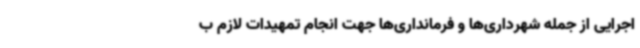
اجرایی از جمله شهرداری‌ها و فرمانداری‌ها جهت انجام تمهیدات لازم ب